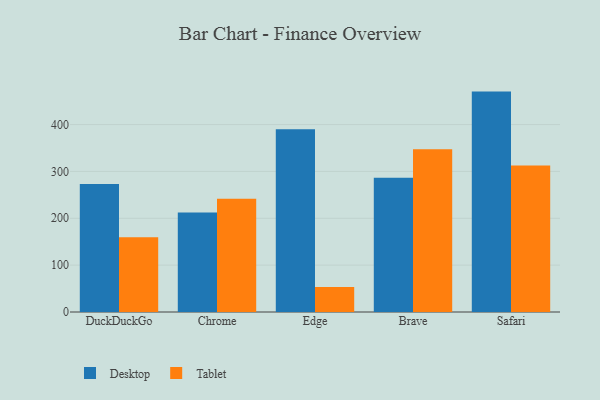
{"axis": {"x": "Browser", "y": "Budget (USD K)"}, "legend": ["Desktop", "Tablet"], "data": [{"x": "DuckDuckGo", "y": 273.3, "type": "Desktop"}, {"x": "DuckDuckGo", "y": 159.5, "type": "Tablet"}, {"x": "Chrome", "y": 212.5, "type": "Desktop"}, {"x": "Chrome", "y": 241.8, "type": "Tablet"}, {"x": "Edge", "y": 390.1, "type": "Desktop"}, {"x": "Edge", "y": 53.3, "type": "Tablet"}, {"x": "Brave", "y": 286.4, "type": "Desktop"}, {"x": "Brave", "y": 347.1, "type": "Tablet"}, {"x": "Safari", "y": 470.3, "type": "Desktop"}, {"x": "Safari", "y": 312.7, "type": "Tablet"}]}